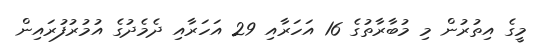
މީގެ އިތުރުން މި މުބާރާތުގެ 16 އަހަރާއި 29 އަހަރާއި ދެމެދުގެ އުމުރުފުރައިން